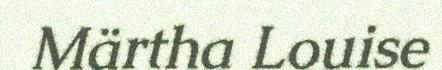
Märtha Louise